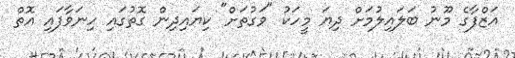
އަޒްފާގެ މޫނު ބަލައިލުމަށް ދިޔަ މީހަކު "ވަގުތަށް" ކިޔައިދިން ގޮތުގައި ހިނަވާފައި އޮތް